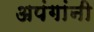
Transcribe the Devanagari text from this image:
अपंगांनी